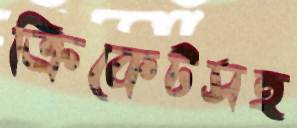
ক্রিকেটসহ